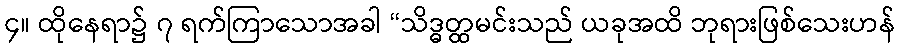
၄။ ထိုနေရာ၌ ၇ ရက်ကြာသောအခါ “သိဒ္ဓတ္ထမင်းသည် ယခုအထိ ဘုရားဖြစ်သေးဟန်